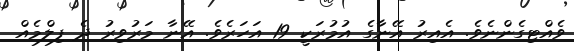
ވެއްޓިގެންނެވެ. އެއިރު އޭނާގެ އުމުރަކީ 19 އަހަރެވެ. އޭނާ މަރުވިރު ދެ ފިލްމެއް